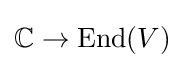
\mathbb {C} \rightarrow {\text{End}}(V)